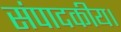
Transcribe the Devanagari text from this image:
संपादकीय।